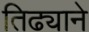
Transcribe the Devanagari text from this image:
तिढ्याने